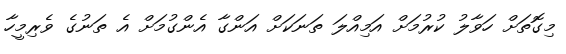
މިގޮތަށް ހަވާލު ކުރުމަށް އަމިއްލަ ތަނަކަށް އަންގާ އެންގުމަށް އެ ތަނުގެ ވެރިމީހާ